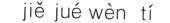
jiě júe wèn tí